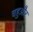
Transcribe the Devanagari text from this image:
चहुऔर